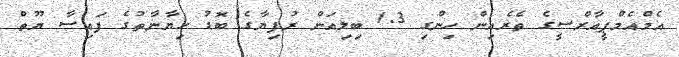
އެމްއެމްޕީއާރްސީގެ ތެރެއިން ހިންގި 1.3 ބިލިއަން ރުފިޔާގެ ބޮޑު ހިޔާނާތުގެ ފައިސާ ޔޫތް